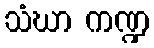
သံဃာ ကဏ္ဍ